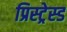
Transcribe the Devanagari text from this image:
प्रिस्ट्रेस्ड